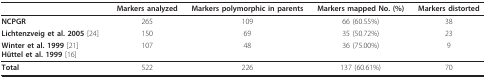
<table><thead><tr><td></td><td><b>Markers analyzed</b></td><td><b>Markers polymorphic in parents</b></td><td><b>Markers mapped No. (%)</b></td><td><b>Markers distorted</b></td></tr></thead><tbody><tr><td><b>NCPGR</b></td><td>265</td><td>109</td><td>66 (60.55%)</td><td>38</td></tr><tr><td><b>Lichtenzveig et al. 2005 </b>[24]</td><td>150</td><td>69</td><td>35 (50.72%)</td><td>23</td></tr><tr><td><b>Winter et al. 1999 </b>[21]<b>Hüttel et al. 1999 </b>[16]</td><td>107</td><td>48</td><td>36 (75.00%)</td><td>9</td></tr><tr><td><b>Total</b></td><td>522</td><td>226</td><td>137 (60.61%)</td><td>70</td></tr></tbody></table>